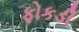
ફોકડી